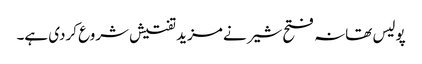
پولیس تھانہ فتح شیر نے مزید تفتیش شروع کردی ہے۔